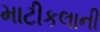
માટીકલાની